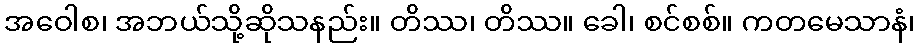
အဝေါစ၊ အဘယ်သို့ဆိုသနည်း။ တိဿ၊ တိဿ။ ခေါ၊ စင်စစ်။ ကတမေသာနံ၊